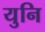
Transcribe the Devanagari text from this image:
युनि